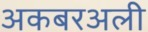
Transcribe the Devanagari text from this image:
अकबरअली